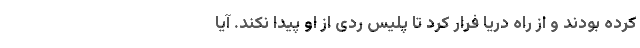
کرده بودند و از راه دریا فرار کرد تا پلیس ردی از او پیدا نکند. آیا